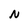
Character: N